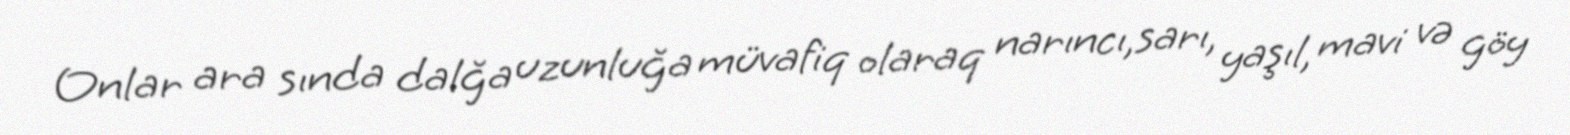
Onlar ara sında dalğa uzunluğa müvafiq olaraq narıncı,sarı, yaşıl, mavi və göy